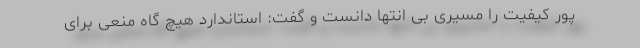
پور کیفیت را مسیری بی انتها دانست و گفت: استاندارد هیچ گاه منعی برای